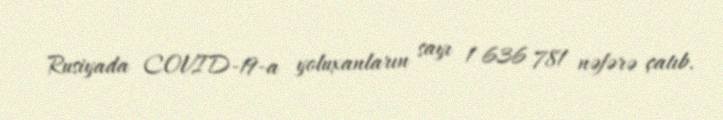
Rusiyada COVID-19-a yoluxanların sayı 1 636 781 nəfərə çatıb.